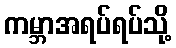
ကမ္ဘာအရပ်ရပ်သို့